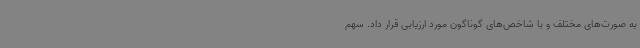
به صورت‌های مختلف و با شاخص‌های گوناگون مورد ارزیابی قرار داد. سهم